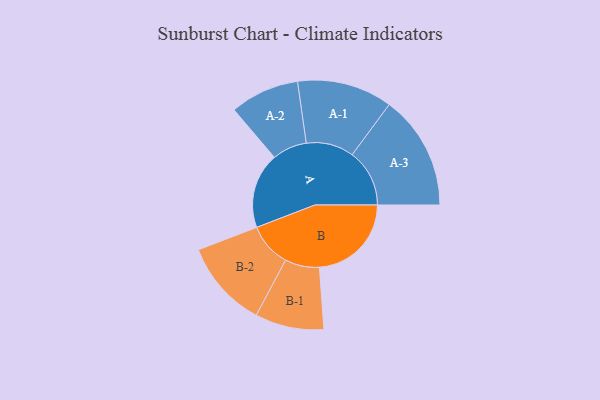
{"axis": {"x": "Segment", "y": "Value"}, "legend": ["", "A", "B"], "data": [{"x": "A", "y": 336, "type": ""}, {"x": "B", "y": 409, "type": ""}, {"x": "A-1", "y": 212, "type": "A"}, {"x": "A-2", "y": 154, "type": "A"}, {"x": "A-3", "y": 255, "type": "A"}, {"x": "B-1", "y": 153, "type": "B"}, {"x": "B-2", "y": 195, "type": "B"}]}